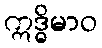
ဣဒ္ဓိမာဝ